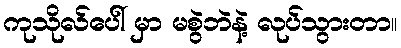
ကုသိုလ်ပေါ် မှာ မစွဲဘဲနဲ့ လုပ်သွားတာ။